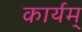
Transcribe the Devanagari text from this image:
कार्यम्